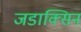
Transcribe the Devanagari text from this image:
जडाक्सिन